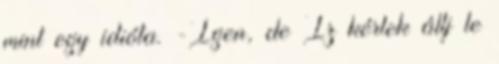
mint egy idióta. -Igen, de Iz kérlek állj le